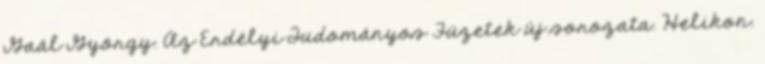
Gaál György. Az Erdélyi Tudományos Füzetek új sorozata. Helikon.